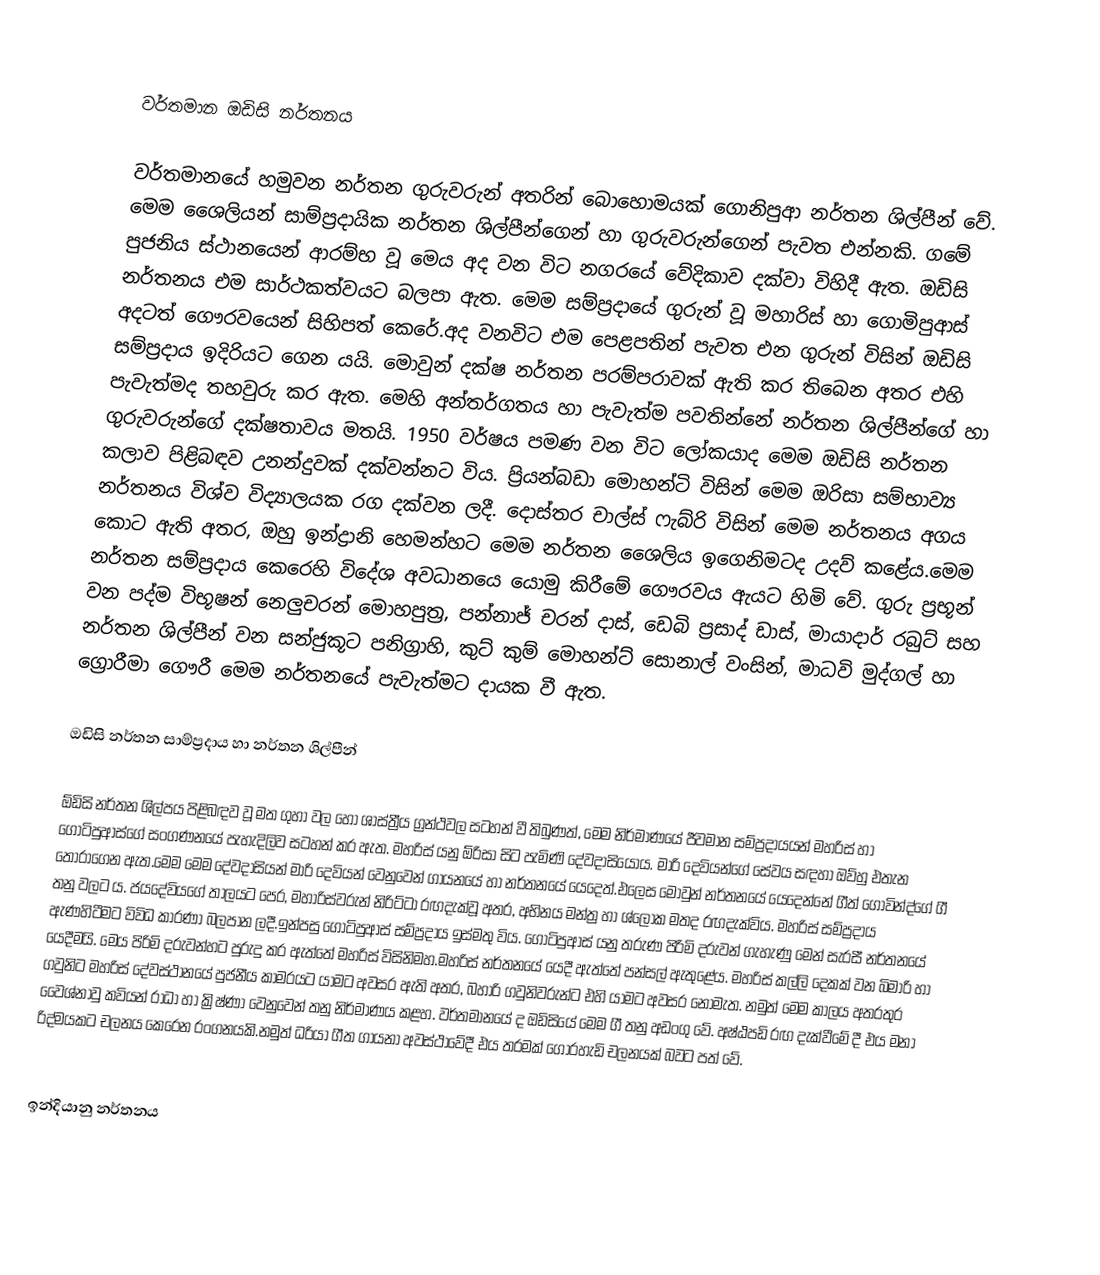

වර්තමාන ඔඩිසි නර්තනය

වර්තමානයේ හමුවන නර්තන ගුරුවරුන් අතරින් බොහොමයක් ගොනිපුආ නර්තන ශිල්පීන් වේ. මෙම ශෛලියන් සාම්ප්‍රදායික නර්තන ශිල්පීන්ගෙන් හා ගුරුවරුන්ගෙන් පැවත එන්නකි. ගමේ පුජනිය ස්ථානයෙන් ආරම්භ වූ මෙය අද වන විට නගරයේ වේදිකාව දක්වා විහිදී ඇත. ඔඩිසි නර්තනය එම සාර්ථකත්වයට බලපා ඇත. මෙම සම්ප්‍රදායේ ගුරුන් වූ මහාරිස් හා ගොමිපුආස් අදටත් ගෞරවයෙන් සිහිපත් කෙරේ.අද වනවිට එම පෙළපතින්  පැවත ‍එන ගුරුන් විසින් ඔඩිසි සම්ප්‍රදාය ඉදිරියට ගෙන යයි. ‍මොවුන්  දක්ෂ නර්තන පරම්පරාවක් ඇති කර තිබෙන අතර එහි පැවැත්මද තහවුරු කර ඇත. මෙහි අන්තර්ගතය හා පැවැත්ම පවතින්නේ නර්තන ශිල්පීන්ගේ හා ගුරුවරුන්ගේ දක්ෂතාවය මතයි. 1950 වර්ෂය පමණ වන විට ලෝකයාද මෙම ඔඩිසි නර්තන කලාව  පිළිබඳව උනන්දුවක් දක්වන්නට විය. ප්‍රියන්බඩා මොහන්ටි විසින් මෙම ඔරිසා සම්භාව්‍ය නර්තනය විශ්ව විද්‍යාලයක රග දක්වන ලදී. දොස්තර චාල්ස් ෆැබ්රි විසින් මෙම නර්තනය අගය කොට ඇති අතර, ඔහු ඉන්ද්‍රානි හෙමන්හට  මෙම නර්තන  ශෛලිය ඉගෙනිමටද උදව් කළේය.මෙම නර්තන සම්ප්‍රදාය කෙරෙහි විදේශ අවධානයෙ යොමු කිරීමේ ගෞරවය ඇය‍ට හිමි වේ.  ගුරු ප්‍රභූන් වන පද්ම විභූෂන් නෙලුචරන් මොහපුත්‍ර, පන්නාජ් චරන් දාස්, ඩෙබි ප්‍රසාද් ‍ඩාස්, මායාදාර් රබුට් සහ නර්තන ශිල්පීන් වන සන්ජුකූට පනිග්‍රාහි, කුට් කුම් මොහන්ට් සොනාල් වංසින්, මාධවි මුද්ගල් හා‍ ග්‍රොරීමා ගෞරී මෙම නර්තනයේ පැවැත්මට දායක වී ඇත.

ඔඩිසි නර්තන සාම්ප්‍රදාය හා නර්තන ශිල්පීන්

ඕඩිසි නර්තන ශිල්පය පිළිබඳව වූ මත ගුහා වල හෝ ශාස්ත්‍රීය ග්‍රන්ථවල ස‍ටහන් වී තිබුණත්, මෙම නිර්මාණයේ ජීවමාන සම්ප්‍රදායයන් මහරිස් හා ගොටිපුආස්ගේ සංගණනයේ පැහැදිලිව සටහන් කර ඇත. මහරිස් යනු ඕරිසා සිට පැමිණි දේවදාසියෝය. මාරි දෙවියන්ගේ සේවය  සඳහා ඔව්හු එතැන තෝරාගෙන ඇත.මෙම මෙම දේවදාසියන්  මාරි දෙවියන් වෙනුවෙන් ගායනයේ හා නර්තනයේ යෙදෙත්.එලෙස මොවුන් නර්තනයේ යෙදෙන්නේ ගීත් ගෝවින්ද්ගේ ගී තනු වලට ය. ජයදේවියගේ තාලයට පෙර, මහාරිස්වරුන් නිරිට්ටා රඟදැක්වූ අතර, අභිනය මන්ත්‍ර හා ශ්ලෝක  මතද රඟදැක්විය. මහරිස් සම්ප්‍රදාය ඇණහිටීමට විවිධ කාරණා බලපාන ලදී.ඉන්පසු ගොටිපුආස්  සම්ප්‍රදාය ඉස්මතු විය. ගොටිපුආස් යනු තරුණ පිරිමි දරුවන් ගැහැණු මෙන් සැරසී නර්තනයේ  යෙදීමයි. මෙය පිරිමි දරුවන්හට පුරුදු කර ඇත්තේ මහරිස් විසිනිමහ.මහරිස් නර්තනයේ යෙදී ඇත්තේ පන්සල් ඇතුළේය. මහරිස් කල්ලි දෙකක් වන බිමාරි හා ගවුනිට මහරිස් දේවස්ථානයේ පුජනීය කාමරයට යාමට අවසර ඇති අතර, බහාරි ගවුනිවරුන්ට එහි යාමට අවසර නොමැත. නමුත් මෙම  කාලය  අතරතුර වෛශ්නාවු  කවියන් රාධා හා ක්‍රිෂ්ණා වෙනුවෙන් තනු නිර්මාණය කළහ. වර්තමානයේ ද ඔඩිසියේ මෙම ගී තනු අඩංගු වේ. අෂ්ඨපඩි රඟ දැක්වීමේ දී එය මනා රිද්මයකට චලනය කෙරෙන රංගනයකි.නමුත් ධරියා ගීත ගායනා අවස්ථාවේදී එය තරමක් ගොරහැඩි චලනයක් බවට පත් වේ.

ඉන්දියානු නර්තනය